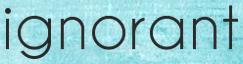
ignorant